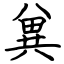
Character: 兾